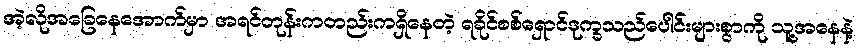
အဲ့လိုအခြေနေအောက်မှာ အရင်တုန်းကတည်းကရှိနေတဲ့ ရခိုင်စစ်ရှောင်ဒုက္ခသည်ပေါင်းများစွာကို သူ့အနေနဲ့